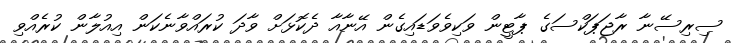
ސިރިސޭނާ ރާޖަޕަކްސަގެ ޕާޓީން ވަކިވެވަޑައިގެން އޭނާއާ ދެކޮޅަށް ވާދަ ކުރައްވާނެކަން އިއުލާން ކުރެއްވި